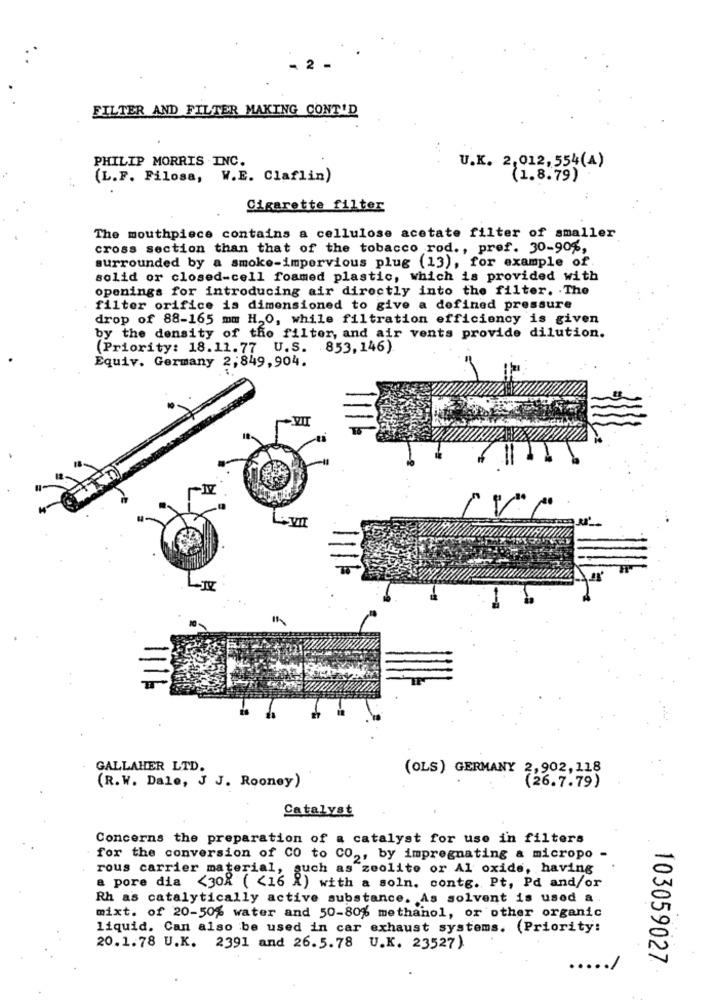
- 2 -
FILTER AND FILTER MAKING CONT'D
PHILIP MORRIS INC.
U.K. 2,012,554(A)
(L.F. Filosa, W.E. Claflin)
(1.8.79)
Cigarette filter
The mouthpiece contains a cellulose acetate filter of smaller
cross section than that of the tobacco rod ., pref. 30-90%,
surrounded by a smoke-impervious plug (13), for example of
solid or closed-cell foamed plastic, which is provided with
openings for introducing air directly into the filter. The
filter orifice is dimensioned to give a defined pressure
drop of 88-165 mm H.O, while filtration efficiency is given
by the density of the filter, and air vents provide dilution.
(Priority: 18.11.77 U.S. 853, 146).
Equiv. Germany 2;849,904.
GALLAHER LTD.
(OLS) GERMANY 2,902,118
(R.W. Dalo, J J. Rooney)
(26.7.79)
Catalyst
Concerns the preparation of a catalyst for use in filters
for the conversion of CO to CO ,, by impregnating a micropo
rous carrier material, such as zeolite or Al oxide, having
a pore dia <30% ( <16 %) with a soln. contg. Pt, Pd and/or
Rh as catalytically active substance. As solvent is used a
mixt. of 20-50% water and 50-80% methanol, or other organic
liquid. Can also be used in car exhaust systems. (Priority:
20.1.78 U.K. 2391 and 26.5.78 U.K. 23527)
103059027